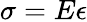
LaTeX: \sigma=E\epsilon